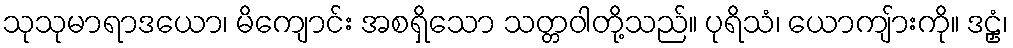
သုသုမာရာဒယော၊ မိကျောင်း အစရှိသော သတ္တဝါတို့သည်။ ပုရိသံ၊ ယောကျ်ားကို။ ဒဠှံ၊